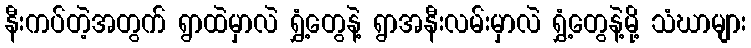
နီးကပ်တဲ့အတွက် ရွာထဲမှာလဲ ရွှံ့တွေနဲ့ ရွာအနီးလမ်းမှာလဲ ရွှံ့တွေနဲ့မို့ သံဃာများ